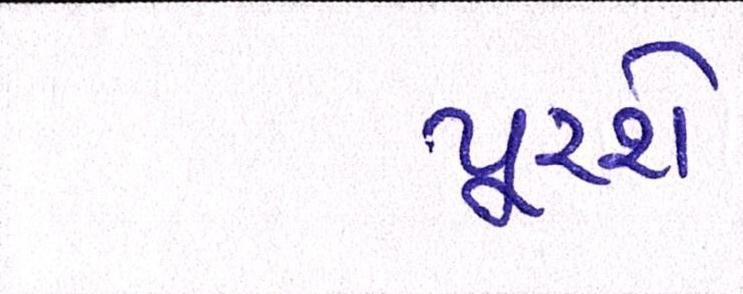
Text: પૂરશે